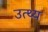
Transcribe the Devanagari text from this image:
उत्थ्य